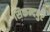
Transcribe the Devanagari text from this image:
सिकन्दपुर